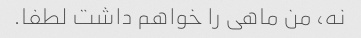
نه، من ماهی را خواهم داشت لطفا.